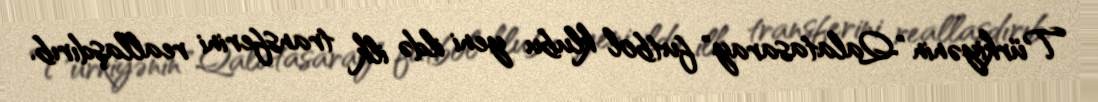
Türkiyənin "Qalatasaray" futbol klubu yeni ildə ilk transferini reallaşdırıb.